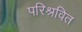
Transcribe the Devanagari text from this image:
परिश्रवित